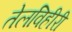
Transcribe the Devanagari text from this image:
तेलविहीरी